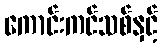
ကောင်းကင်သစ်နှင့်